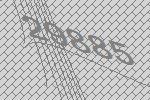
29885